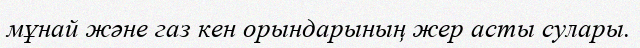
мұнай және газ кен орындарының жер асты сулары.